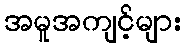
အမူအကျင့်များ